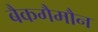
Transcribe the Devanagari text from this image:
बैकगैमौन